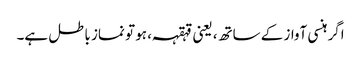
اگر ہنسی آواز کے ساتھ، یعنی قہقہہ ، ہو تو نماز باطل ہے۔